Report of an investigation into the causes of malaria in Bombay and the measures necessary for its control
Disease focus: Malaria
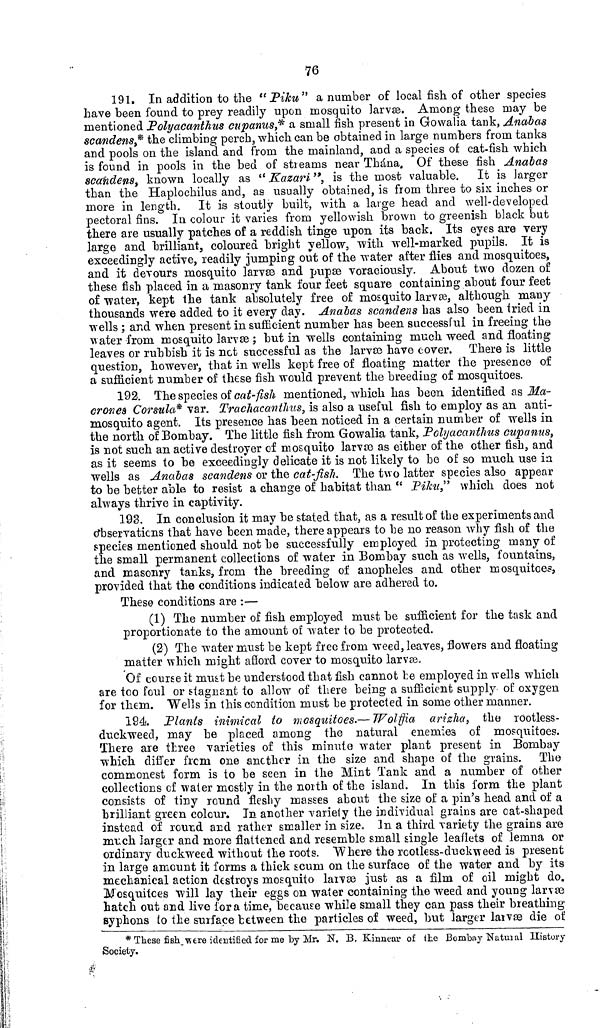
76
191. In addition to the "Piku" a number of local fish of other species
have been found to prey readily upon mosquito larvæ. Among these may be
mentioned Polyacanthus cupanus,* a small fish present in Gowalia tank, Anabas
scandens,* the climbing perch, which can be obtained in large numbers from tanks
and pools on the island and from the mainland, and a species of cat-fish which
is found in pools in the bed of streams near Thána. Of these fish Anabas
scandens, known locally as "Kazari ", is the most valuable. It is larger
than the Haplochilus and, as usually obtained, is from three to six inches or
more in length. It is stoutly built, with a large head and well-developed
pectoral fins. In colour it varies from yellowish brown to greenish black but
there are usually patches of a reddish tinge upon its back. Its eyes are very
large and brilliant, coloured bright yellow, with well-marked pupils. It is
exceedingly active, readily jumping out of the water after flies and mosquitoes,
and it devours mosquito larvæ and pupæ voraciously. About two dozen of
these fish placed in a masonry tank four feet square containing about four feet
of water, kept the tank absolutely free of mosquito larvæ, although many
thousands were added to it every day. Anabas scandens has also been tried in
wells ; and when present in sufficient number has been successful in freeing the
water from mosquito larvæ ; but in wells containing much weed and floating
leaves or rubbish it is not successful as the larvæ have cover. There is little
question, however, that in wells kept free of floating matter the presence of
a sufficient number of these fish would prevent the breeding of mosquitoes.
192. The species of cat-fish mentioned, which has been identified as Ma-
crones Corsula* var. Trachacanthus, is also a useful fish to employ as an anti-
mosquito agent. Its presence has been noticed in a certain number of wells in
the north of Bombay. The little fish from Gowalia tank, Polyacanthus cupanus,
is not such an active destroyer of mosquito larvæ as either of the other fish, and
as it seems to be exceedingly delicate it is not likely to be of so much use in
wells as Anabas scandens or the cat-fish. The two latter species also appear
to be better able to resist a change of habitat than " Piku," which does not
always thrive in captivity.
193. In conclusion it may be stated that, as a result of the experiments and
observations that have been made, there appears to be no reason why fish of the
species mentioned should not be successfully employed in protecting many of
the small permanent collections of water in Bombay such as wells, fountains,
and masonry tanks, from the breeding of anopheles and other mosquitoes,
provided that the conditions indicated below are adhered to.
These conditions are :—
(1) The number of fish employed must be sufficient for the task and
proportionate to the amount of water to be protected.
(2) The water must be kept free from weed, leaves, flowers and floating
matter which might afford cover to mosquito larvæ.
Of course it must be understood that fish cannot he employed in wells which
are too foul or stagnant to allow of there being a sufficient supply of oxygen
for them. Wells in this condition must be protected in some other manner.
194. Plants inimical to mosquitoes.— Wolffia arizha, the rootless-
duckweed, may be placed among the natural enemies of mosquitoes.
There are three varieties of this minute water plant present in Bombay
which differ from one another in the size and shape of the grains. The
commonest form is to be seen in the Mint Tank and a number of other
collections of water mostly in the north of the island. In this form the plant
consists of tiny round fleshy masses about the size of a pin's head and of a
brilliant green colour, In another variety the individual grains are cat-shaped
instead of round and rather smaller in size. In a third variety the grains are
much larger and more flattened and resemble small single leaflets of lemna or
ordinary duckweed without the roots. "Where the rootless-duckweed is present
in large amount it forms a thick scum on the surface of the water and by its
mechanical action destroys mosquito larvæ just as a film of oil might do.
Mosquitoes will lay their eggs on water containing the weed and young larvæ
hatch out and live for a time, because while small they can pass their breathing
syphons to the surface between the particles of weed, but larger larvæ die of
*These fish were identified for me by Mr. N. B. Kinnear of the Bombay Natural History
Society.